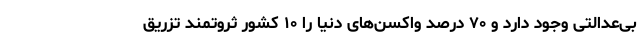
بی‌عدالتی وجود دارد و ۷۰ درصد واکسن‌های دنیا را ۱۰ کشور ثروتمند تزریق